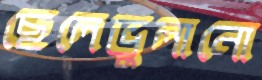
ছেলেভুলানো